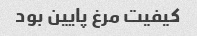
کیفیت مرغ پایین بود